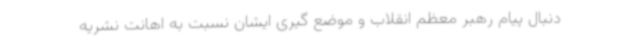
دنبال پیام رهبر معظم انقلاب و موضع گیری ایشان نسبت به اهانت نشریه